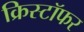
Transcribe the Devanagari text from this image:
क्रिस्टॉफर